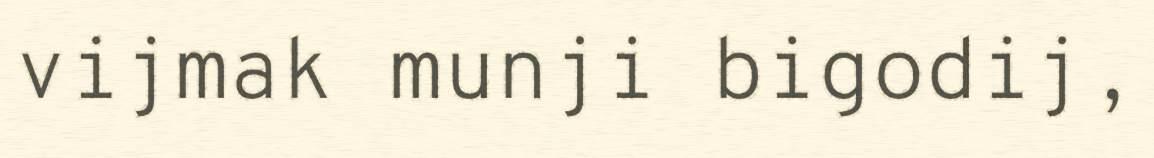
vijmak munji bigodij,